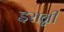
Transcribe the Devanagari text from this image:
इरान्नी